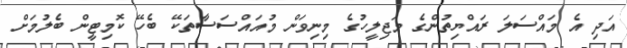
އަދި އެ މައްސަލަ ރައްޔިތުންގެ މަޖިލީހުގެ މިނިވަން މުއައްސަސާތަކޭ ބެހޭ ކޮމިޓީން ބެލުމަށް